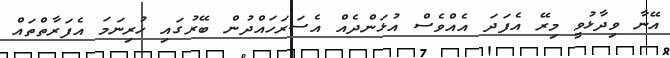
އޭނާ ވިދާޅުވީ މިރޭ އެފަދަ އެއްވެސް އުޅަންދެއް އެސަރަހައްދުން ބޭރުގައި ހުރިނަމަ އެފަރާތްތައް